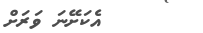
އެކަށޭނަ ވަރަށް